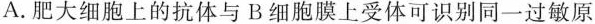
A.肥大细胞上的抗体与B细胞膜上受体可识别同一过敏原